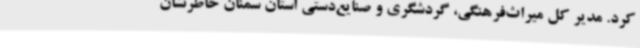
کرد. مدیر کل میراث‌فرهنگی، گردشگری و صنایع‌دستی استان سمنان خاطرنشان